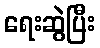
ရေးဆွဲပြီး